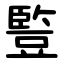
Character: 䜿